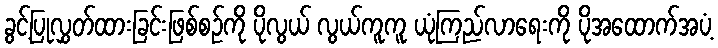
ခွင့်ပြုလွှတ်ထားခြင်းဖြစ်စဉ်ကို ပိုလွယ် လွယ်ကူကူ ယုံကြည်လာရေးကို ပိုအထောက်အပံ့